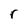
Character: r